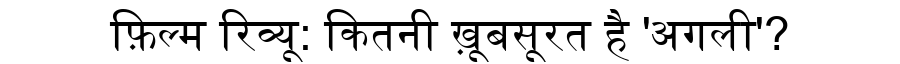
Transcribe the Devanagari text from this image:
फ़िल्म रिव्यू: कितनी ख़ूबसूरत है 'अगली'?